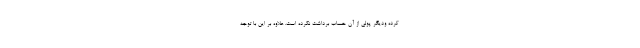
کرده ودیگر پولی از آن حساب برداشت نکرده است. علاوه بر این با توجه